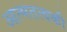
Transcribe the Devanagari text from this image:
आत्मतत्वकी